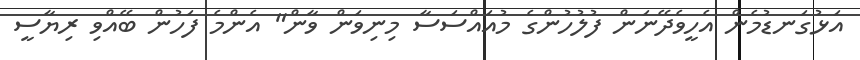
އަޅުގަނޑުމެން އެހީވެދޭނަން ފުލުހުންގެ މުއައްސަސާ މިނިވަން ވާން" އެންމެ ފަހުން ބޭއްވި ރިޔާސީ